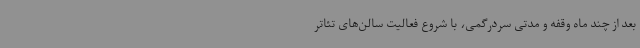
بعد از چند ماه وقفه و مدتی سردرگمی، با شروع فعالیت سالن‌های تئاتر